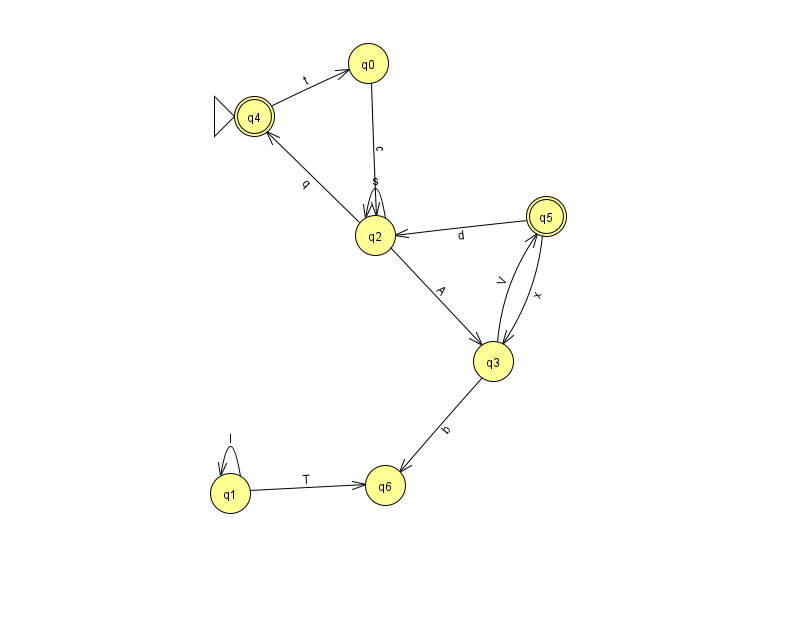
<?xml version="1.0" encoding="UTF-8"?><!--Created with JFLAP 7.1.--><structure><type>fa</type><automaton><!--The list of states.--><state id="0" name="q0"><x>368.0</x><y>50.0</y></state><state id="1" name="q1"><x>230.0</x><y>480.0</y></state><state id="2" name="q2"><x>375.0</x><y>222.0</y></state><state id="3" name="q3"><x>493.0</x><y>348.0</y></state><state id="4" name="q4"><x>254.0</x><y>103.0</y><initial/><final/></state><state id="5" name="q5"><x>546.0</x><y>203.0</y><final/></state><state id="6" name="q6"><x>385.0</x><y>472.0</y></state><!--The list of transitions.--><transition><from>2</from><to>4</to><read>q</read></transition><transition><from>3</from><to>5</to><read>V</read></transition><transition><from>5</from><to>2</to><read>d</read></transition><transition><from>0</from><to>2</to><read>c</read></transition><transition><from>2</from><to>2</to><read>s</read></transition><transition><from>2</from><to>3</to><read>A</read></transition><transition><from>4</from><to>0</to><read>t</read></transition><transition><from>1</from><to>1</to><read>I</read></transition><transition><from>1</from><to>6</to><read>T</read></transition><transition><from>5</from><to>3</to><read>x</read></transition><transition><from>3</from><to>6</to><read>b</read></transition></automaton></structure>